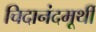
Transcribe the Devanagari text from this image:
चिदानंदमूर्थी